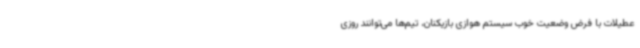
عطیلات با فرض وضعیت خوب سیستم هوازی بازیکنان، تیم‌ها می‌توانند روزی